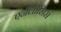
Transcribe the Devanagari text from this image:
एनॅलीसिस